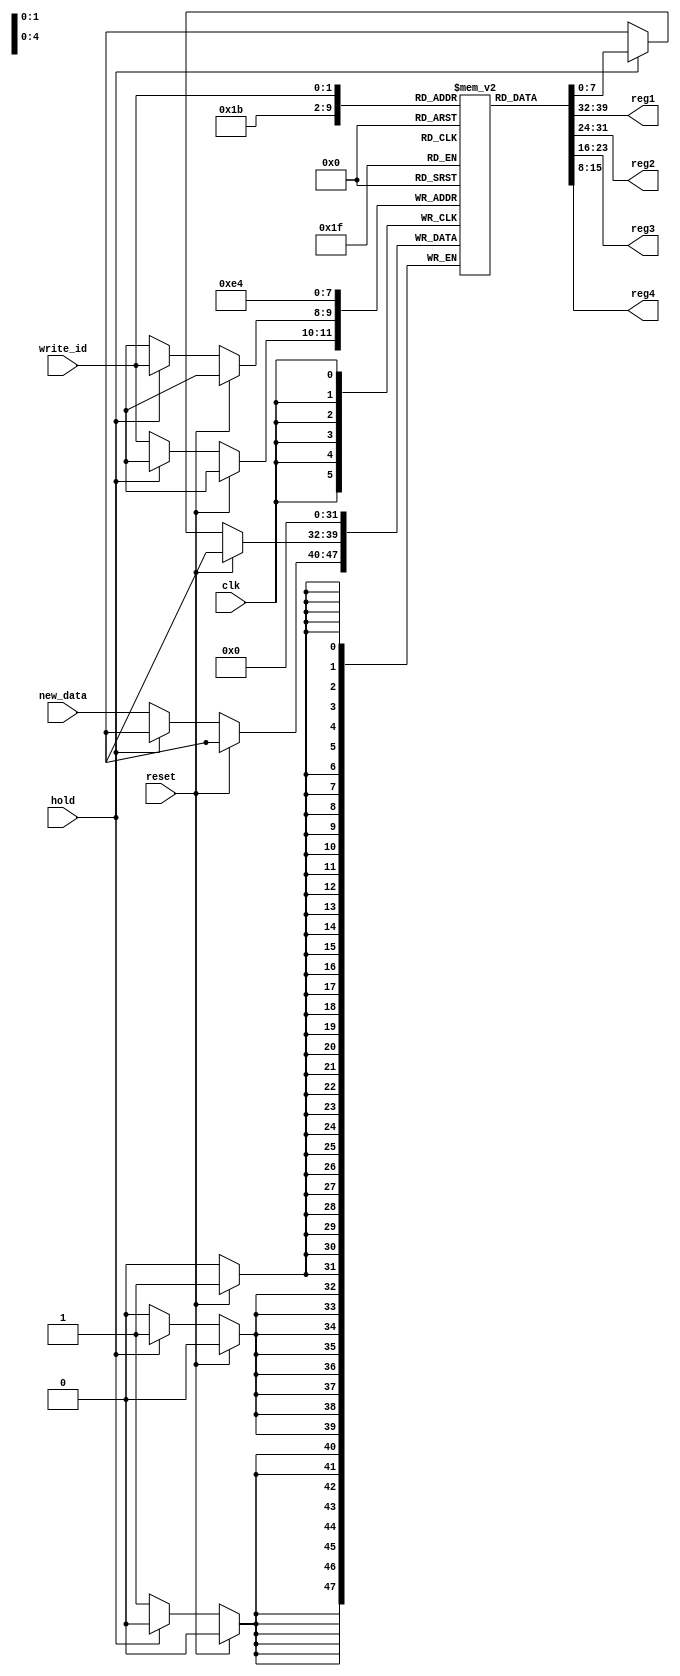
`ifndef DATA_MEMORY
`define DATA_MEMORY
module data_memory(
		input        reset,
		input        clk,
		input        hold,
		input  [1:0] write_id,
		input  [7:0] new_data,
		output [7:0] reg1,
		output [7:0] reg2,
		output [7:0] reg3,
		output [7:0] reg4
	);
	reg    [7:0]  register[3:0];

	assign reg1 = register[0];
	assign reg2 = register[1];
	assign reg3 = register[2];
	assign reg4 = register[3];

	always @ ( negedge clk ) begin
	    if(reset) begin
			register[0] <= 8'd0;
			register[1] <= 8'd0;
			register[2] <= 8'd0;
            register[3] <= 8'd0;
		end
		else if(hold) begin
			register[write_id] <= register[write_id];
		end
		else
			register[write_id] <= new_data;
	end
endmodule

`endif//DATA_MEMORY